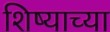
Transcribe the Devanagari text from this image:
शिष्याच्या